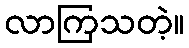
လာကြသတဲ့။